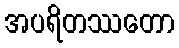
အပရိတဿတော